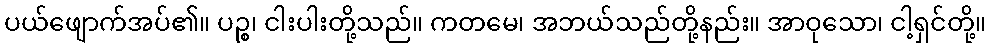
ပယ်ဖျောက်အပ်၏။ ပဉ္စ၊ ငါးပါးတို့သည်။ ကတမေ၊ အဘယ်သည်တို့နည်း။ အာဝုသော၊ ငါ့ရှင်တို့။